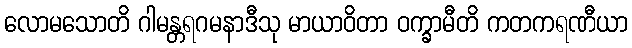
လောမသောတိ ဂါမန္တရဂမနာဒီသု မာယာဝိတာ ဝက္ခာမီတိ ကတကရဏီယာ